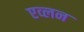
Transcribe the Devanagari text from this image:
एव्लन